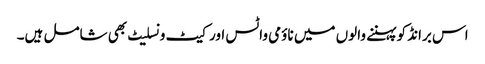
اس برانڈ کو پہننے والوں میں ناؤمی واٹس اور کیٹ ونسلیٹ بھی شامل ہیں۔